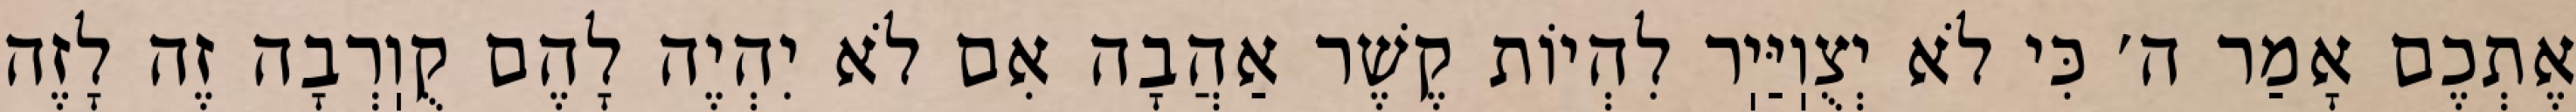
אֶתְכֶם אָמַר ה׳ כִּי לֹא יְצֻוֽיַּיֽר לִהְיוֹת קֶשֶׁר אַהֲבָה אִם לֹא יִהְיֶה לָהֶם קֻוֽרְבָה זֶה לָזֶה